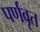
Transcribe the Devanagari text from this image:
पर्णवृत